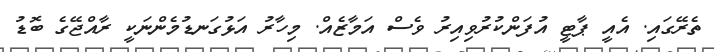
ތެރޭގައި. އެއީ ޕާޓީ އުފަންކުރުވިއިރު ވެސް އަމާޒެއް. މިހާރު އަޅުގަނޑުމެންނަކީ ރާއްޖޭގެ ބޮޑު